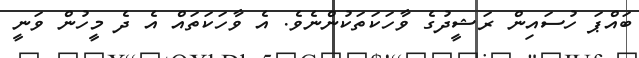
ބައްޕަ ހުސައިން ރަޝީދުގެ ވާހަކަތަކުންނެވެ. އެ ވާހަކަތައް އެ ދެ މީހުން ވަނީ